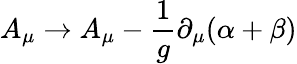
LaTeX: A_{\mu}\to A_{\mu}-\frac{1}{g}\partial_{\mu}(\alpha+\beta)